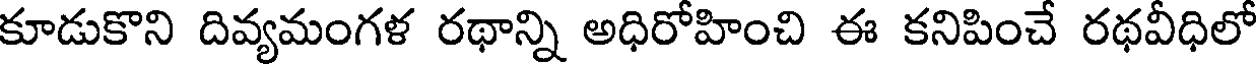
కూడుకొని దివ్యమంగళ రథాన్ని అధిరోహించి ఈ కనిపించే రథవీధిలో